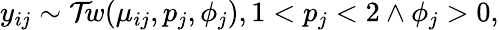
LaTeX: y_{ij}\sim\mathcal{Tw}(\mu_{ij},p_{j},\phi_{j}),1<p_{j}<2\land\phi_{j}>0,